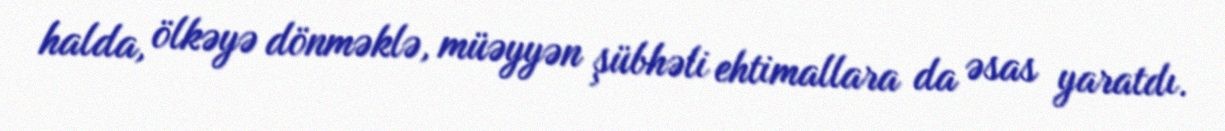
halda, ölkəyə dönməklə, müəyyən şübhəli ehtimallara da əsas yaratdı.